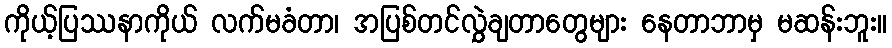
ကိုယ့်ပြဿနာကိုယ် လက်မခံတာ၊ အပြစ်တင်လွှဲချတာတွေများ နေတာဘာမှ မဆန်းဘူး။